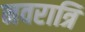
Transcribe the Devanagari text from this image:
नवरात्रि